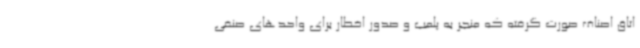
اتاق اصناف صورت گرفته که منجر به پلمب و صدور اخطار برای واحدهای صنفی